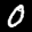
Label: 0